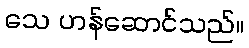
သေ ဟန်ဆောင်သည်။